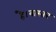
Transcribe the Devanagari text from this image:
है।वास्तब